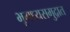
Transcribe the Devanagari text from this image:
भूमध्यसमुद्रात